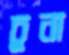
চুনা